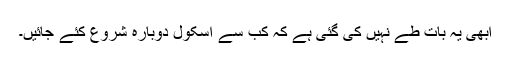
ابھی یہ بات طے نہیں کی گئی ہے کہ کب سے اسکول دوبارہ شروع کئے جائیں۔